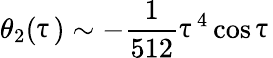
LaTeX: \theta_{2}(\uptau)\sim-\frac{1}{512}\uptau^{4}\cos\uptau